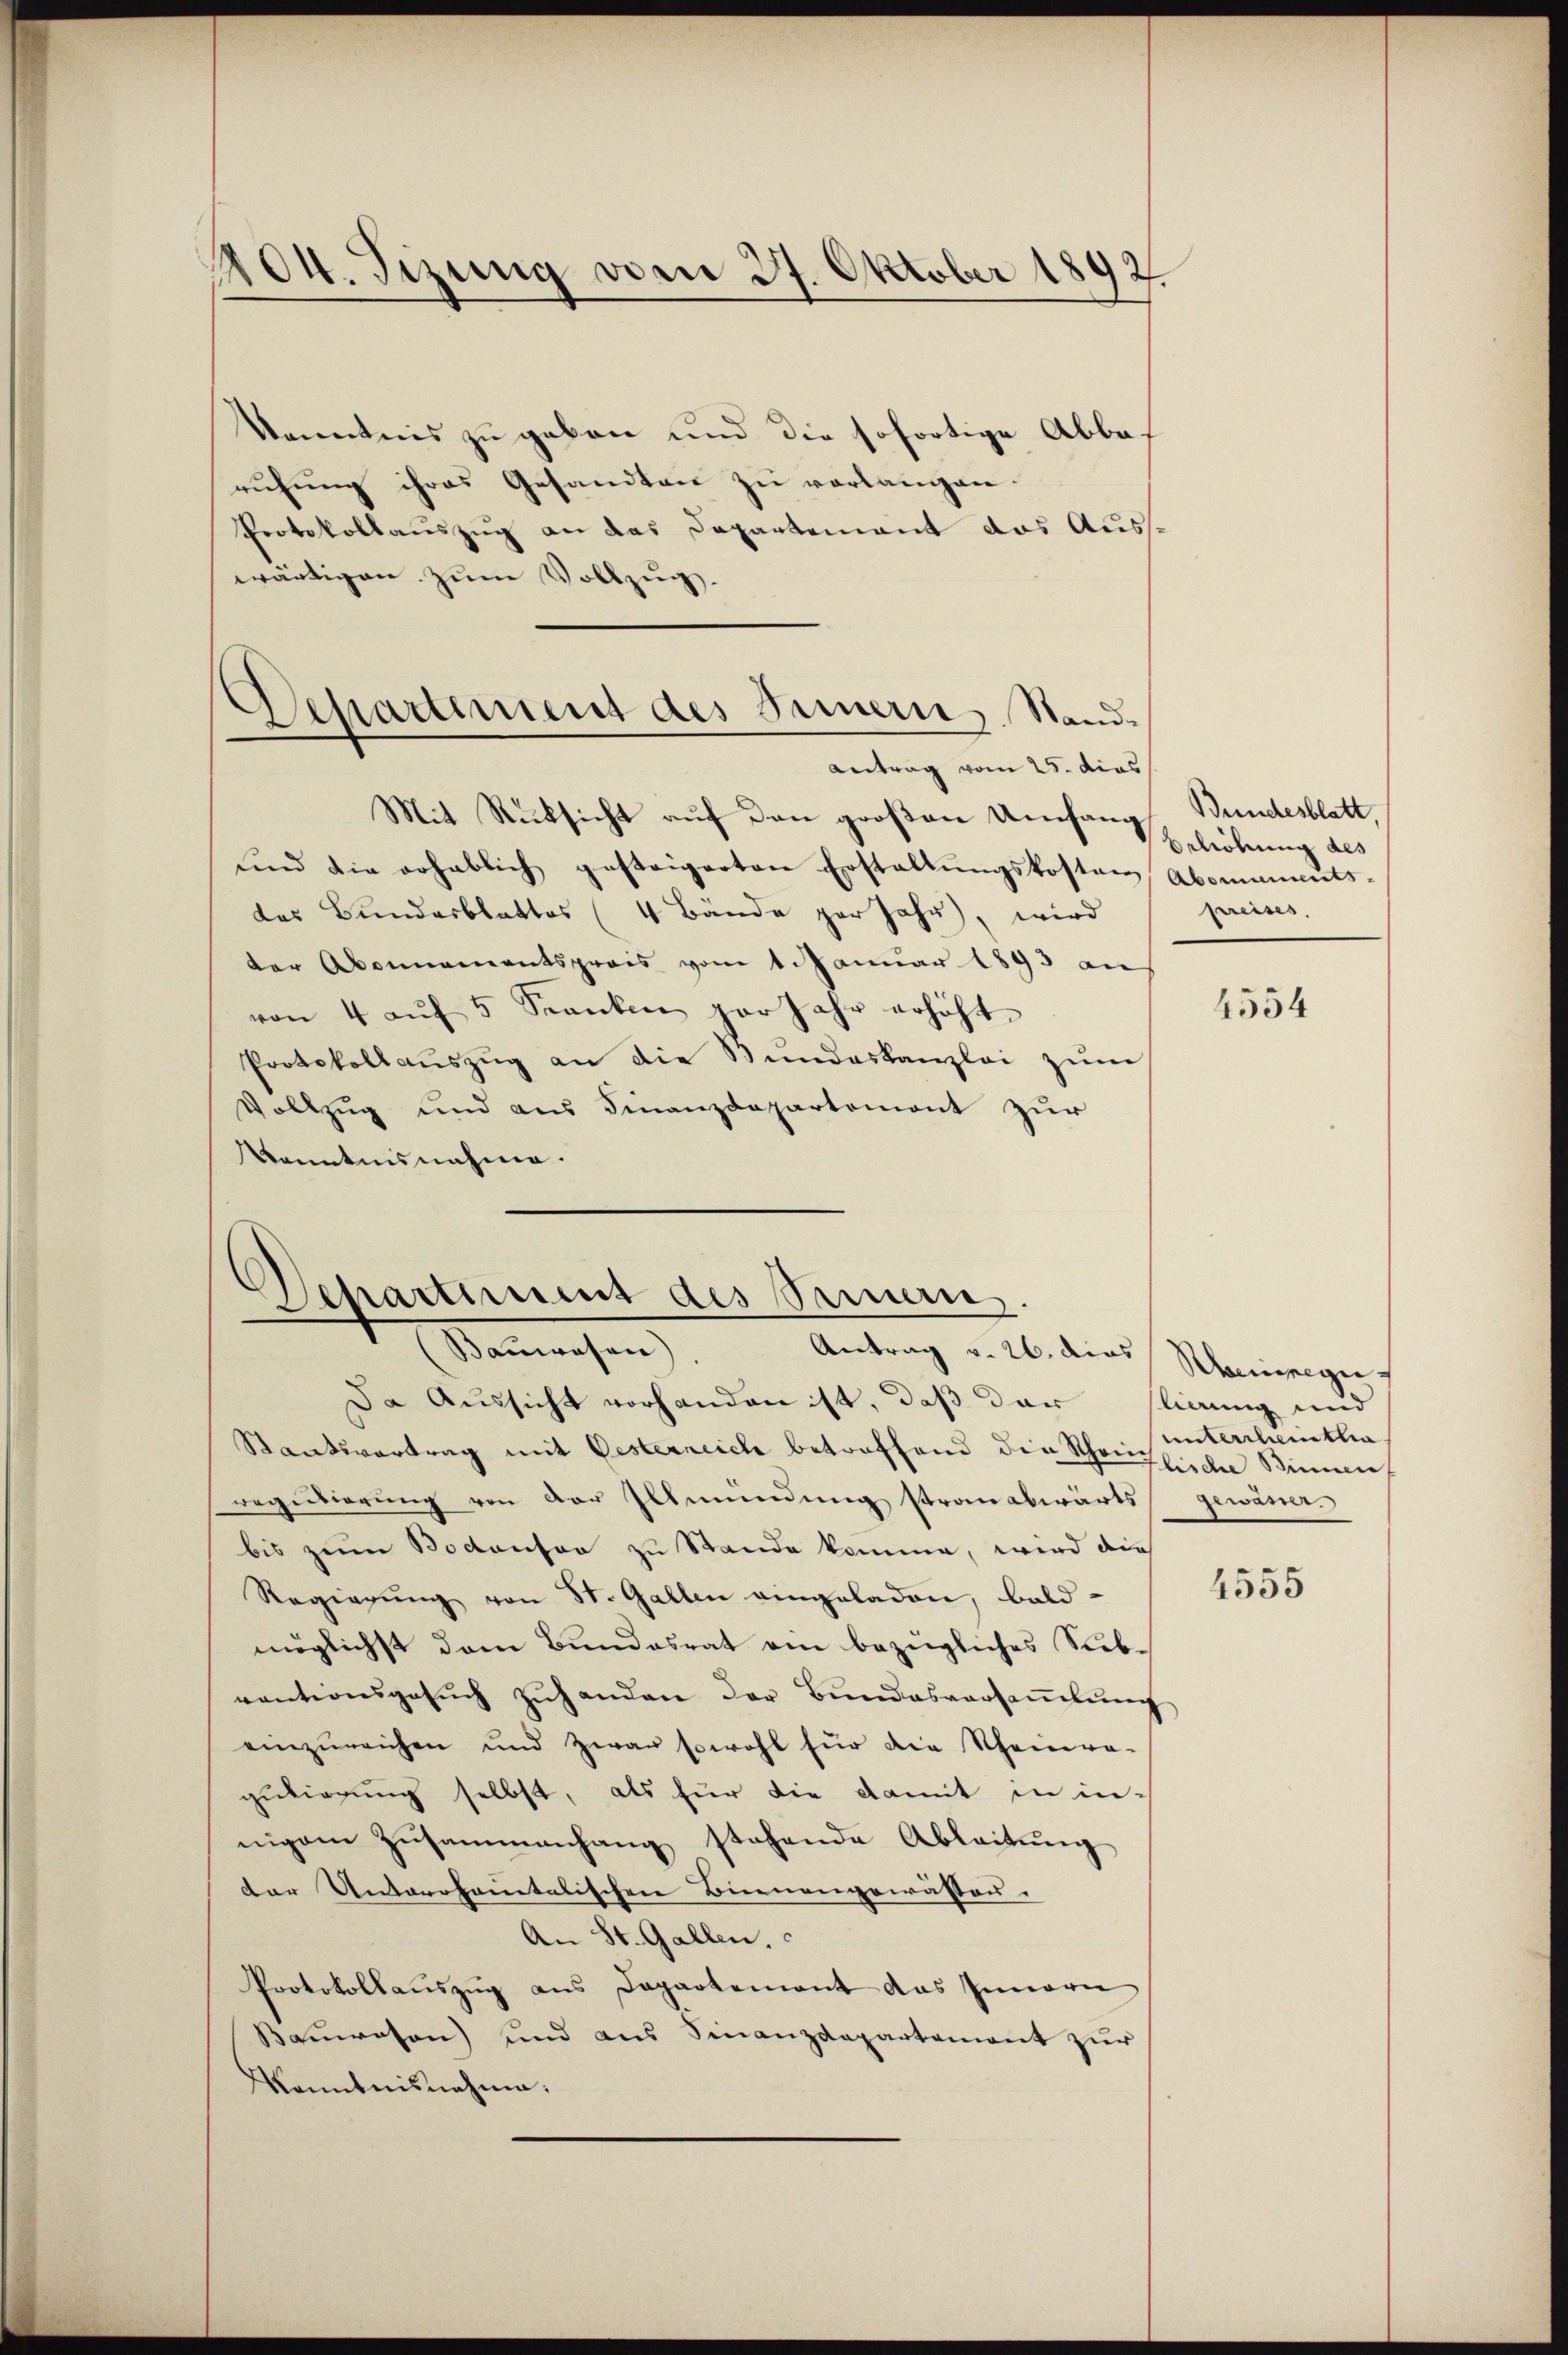
404. Sizung vom 27. Oktober 1892

Departement des Innern, Stand.
Antrag vom 25. dies

kanntnis zu geben und die sofortige Abbas
ruhung ihres Gesandten zu verlangen.
Protokollauszug an das Departement das Auswärtigen zŭm Vollzug.
Mit Rücksicht auf den großen Umfang Bundesblatt,
ŭnd die erheblich gesteigerten Erstaltŭngskosten Abonuments-
das Bundesblattes (4 Bände par Jahr, wird
der Abonnementspreis vom 1. Januar 1893 an
von 4 aŭf 5 Kranken par Jahr erhöht
Protokollaŭszŭg an die Stundeskanzlei zŭm
Vollzug und aus Finanzdepartemont zur
Kenntnisnahme.

Departement des Sammern.
Bauwesen),
Antrag v. 26. dies Rheinigu

Beliebung des
preises.

Da Aussicht vorhanden ist, daß der ligung und
Standsvortrag mit Oesterreich betreffend die Schänzliche Sinnen
requitierung von der Eltmündung stranabwärts gewässer
bis zum Bodenser zu Stande komme, wird die
Regierŭng von St. Gallen eingeladen, bald
möglichst dem Bundesrat am bezügliches Siebventionsgesŭch zŭhanden der Bundesversaṁlŭng
einzŭreichen und zwar sowohl für die Scheinera-
gutierung selbst, als für die damit in in-
nigem Zusammenhang stehende Ableitŭng
der Unterofanitalischen Binnengewassen.
An St. Gallen.
Protokollauszug aus Departement das Innern
Bauwesen) und aus Finanzdepartement zur
Kenntnisnahme.

4554

untertheitla

4555